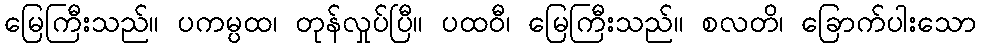
မြေကြီးသည်။ ပကမ္ပထ၊ တုန်လှုပ်ပြီ။ ပထဝီ၊ မြေကြီးသည်။ စလတိ၊ ခြောက်ပါးသော